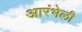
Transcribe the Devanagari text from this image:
आरंभेली